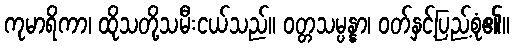
ကုမာရိကာ၊ ထိုသတို့သမီးငယ်သည်။ ဝတ္တသမ္ပန္နာ၊ ဝတ်နှင့်ပြည့်စုံ၏။